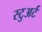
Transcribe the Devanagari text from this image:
स्‍टुअर्ट